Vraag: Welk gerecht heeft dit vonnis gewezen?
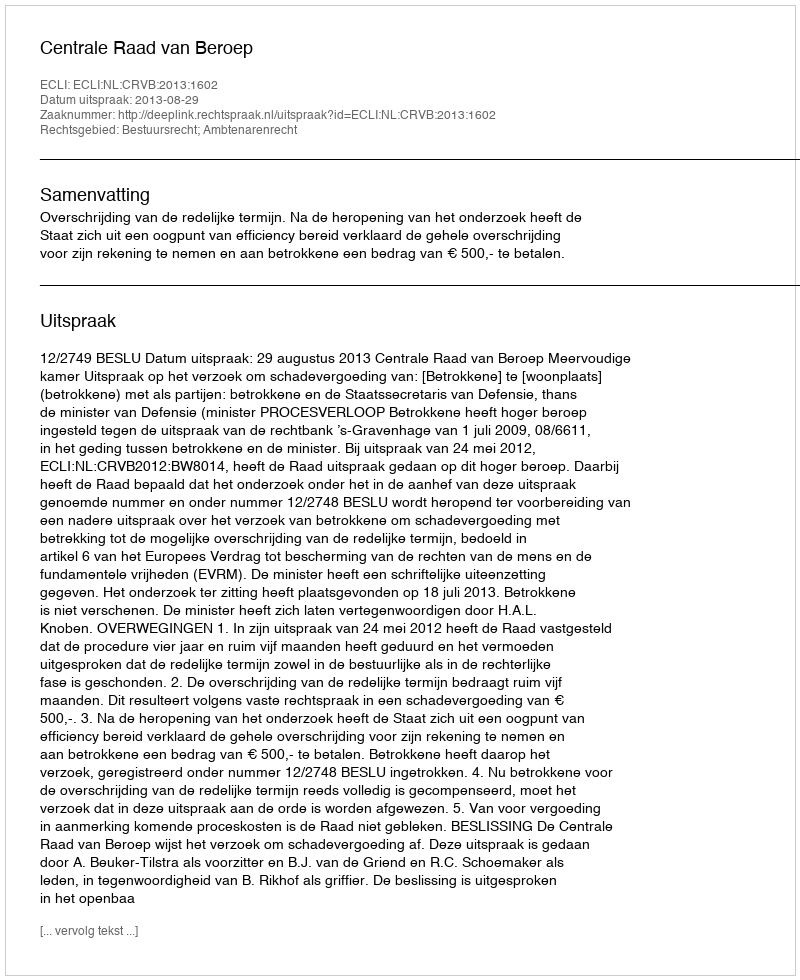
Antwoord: Centrale Raad van Beroep